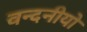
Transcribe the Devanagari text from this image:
वन्दनीयो